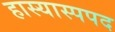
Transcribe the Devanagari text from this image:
हास्यास्पपद